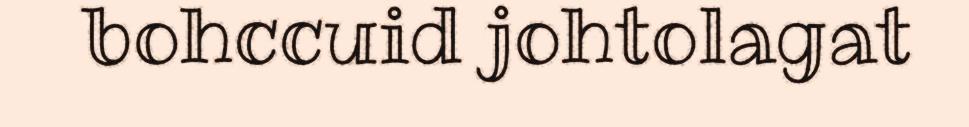
bohccuid johtolagat